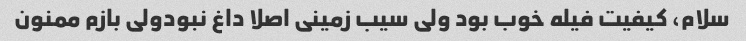
سلام، کیفیت فیله خوب بود ولی سیب زمینی اصلا داغ نبودولی بازم ممنون